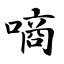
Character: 嘀